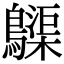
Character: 𪆫